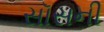
સૉસની